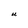
Character: U